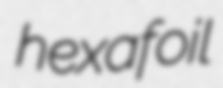
hexafoil